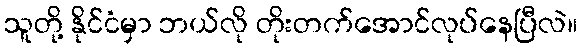
သူတို့ နိုင်ငံမှာ ဘယ်လို တိုးတက်အောင်လုပ်နေပြီလဲ။